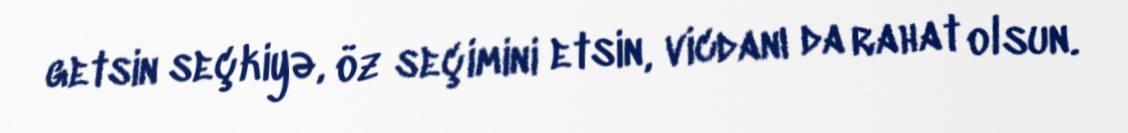
getsin seçkiyə, öz seçimini etsin, vicdanı da rahat olsun.